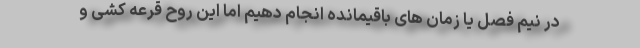
در نیم فصل یا زمان های باقیمانده انجام دهیم اما این روح قرعه کشی و